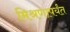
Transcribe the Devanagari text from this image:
मिश्रणापर्यंत